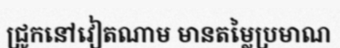
ជ្រូកនៅវៀតណាម មានតម្លៃប្រមាណ